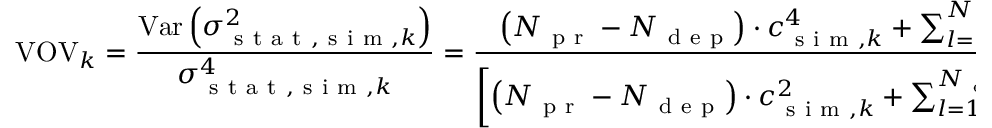
\operatorname { V O V } _ { k } = \frac { \operatorname { V a r } \left( \sigma _ { \mathrm { ~ s ~ t ~ a ~ t ~ } , \mathrm { ~ s ~ i ~ m ~ } , k } ^ { 2 } \right) } { \sigma _ { \mathrm { ~ s ~ t ~ a ~ t ~ } , \mathrm { ~ s ~ i ~ m ~ } , k } ^ { 4 } } = \frac { \left( N _ { \mathrm { ~ p ~ r ~ } } - N _ { \mathrm { ~ d ~ e ~ p ~ } } \right) \cdot c _ { \mathrm { ~ s ~ i ~ m ~ } , k } ^ { 4 } + \sum _ { l = 1 } ^ { N _ { \mathrm { ~ d ~ e ~ p ~ } } } \left( c _ { \mathrm { ~ s ~ i ~ m ~ } , k l } - c _ { \mathrm { ~ s ~ i ~ m ~ } , k } \right) ^ { 4 } } { \left[ \left( N _ { \mathrm { ~ p ~ r ~ } } - N _ { \mathrm { ~ d ~ e ~ p ~ } } \right) \cdot c _ { \mathrm { ~ s ~ i ~ m ~ } , k } ^ { 2 } + \sum _ { l = 1 } ^ { N _ { \mathrm { ~ d ~ e ~ p ~ } } } \left( c _ { \mathrm { ~ s ~ i ~ m ~ } , k l } - c _ { \mathrm { ~ s ~ i ~ m ~ } , k } \right) ^ { 2 } \right] ^ { 2 } } - \frac { 1 } { N _ { \mathrm { ~ p ~ r ~ } } }